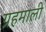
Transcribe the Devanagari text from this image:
ग्रहमाली